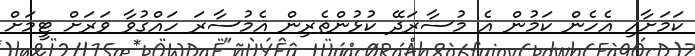
ކަމަށާއި އެހެން ކަމުން އެ މުސާރަދޭ ކުޅުންތެރިން އެމުސާރަ ހައްގުވާ ވަރަށް ޓީމަށް